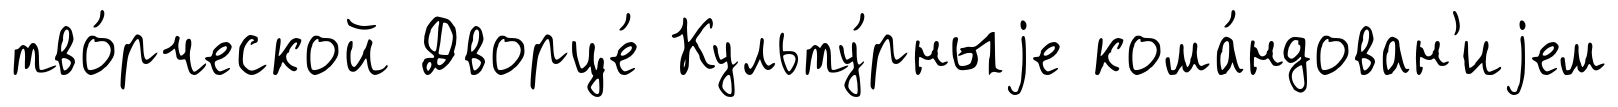
тво́рческой Дворце́ Культу́рныjе кома́ндован'иjем